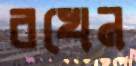
রখেন